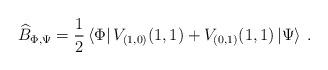
LaTeX: \begin{align*}\widehat{B}_{\Phi ,\Psi }=\displaystyle\frac{1}{2}\left\langle \Phi \right| V_{(1,0)}(1,1)+V_{(0,1)}(1,1)\left| \Psi \right\rangle \: .\end{align*}